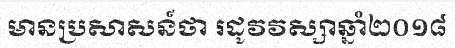
មានប្រសាសន៍ថា រដូវវស្សាឆ្នាំ២០១៨